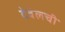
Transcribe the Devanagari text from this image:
देबेलची